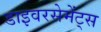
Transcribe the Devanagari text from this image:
डाइवरसेमेंट्स